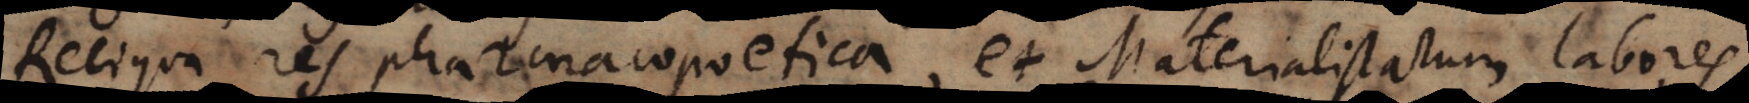
Reliqua res pharmacopoetica, et Materialistarum labores.